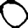
Digit: 0